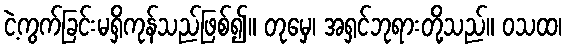
ငဲ့ကွက်ခြင်းမရှိကုန်သည်ဖြစ်၍။ တုမှေ၊ အရှင်ဘုရားတို့သည်။ ဝသထ၊